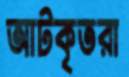
আটকৃতরা